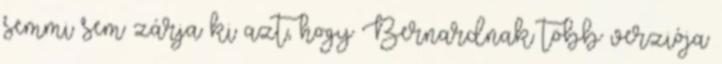
semmi sem zárja ki azt, hogy Bernardnak több verziója